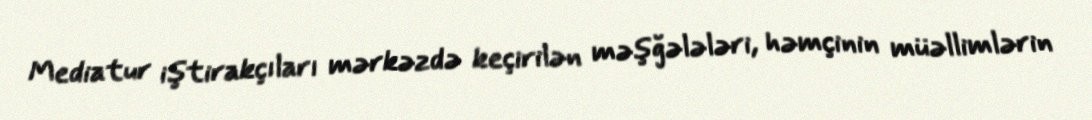
Mediatur iştirakçıları mərkəzdə keçirilən məşğələləri, həmçinin müəllimlərin